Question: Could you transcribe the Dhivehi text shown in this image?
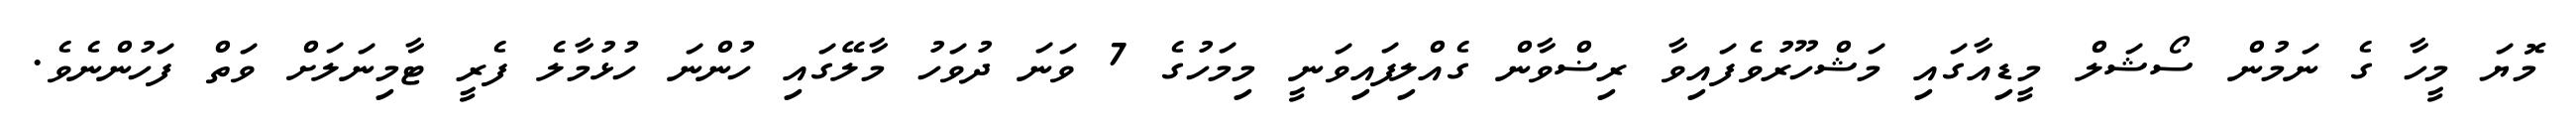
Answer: މޮޔަ މީހާ ގެ ނަމުން ސޯޝަލް މީޑިއާގައި މަޝްހޫރުވެފައިވާ ރިޟްވާން ގެއްލިފައިވަނީ މިމަހުގެ 7 ވަނަ ދުވަހު މާލޭގައި ހުންނަ ހުޅުމާލެ ފެރީ ޓާމިނަލަށް ވަތް ފަހުންނެވެ.